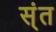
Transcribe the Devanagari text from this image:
स्ंत